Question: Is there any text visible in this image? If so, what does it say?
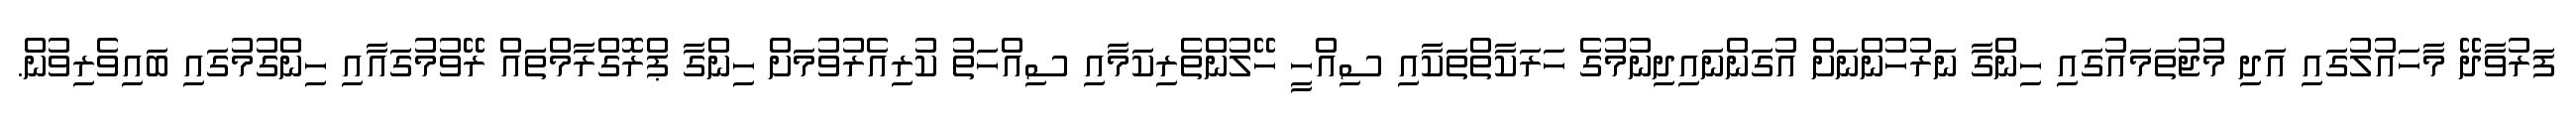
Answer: ފަރުވާދޭ މާހައުލުގައި އަދި މުޖުތަމައުގައި ހިންގާ ނަރުހުންނަށް އުގަންނައިދިނުމުގެ ހަރަކާތްތަކާއި ސިއްހީ ހޭލުންތެރިކަމާއި ސިއްހަތު ކުރިއެރުވުމަށް ހިންގާ ޕްރޮގްރާމްތަައް ރޭވުމުގައާއި ހިންގުމުގައި ބައިވެރިވުން.